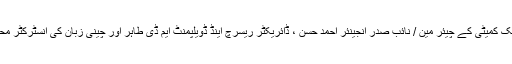
انہوں نے اس کورس کے اجراء کے سلسلہ میں سی پیک کمیٹی کے چیئر مین / نائب صدر انجینئر احمد حسن ، ڈائریکٹر ریسرچ اینڈ ڈویلپمنٹ ایم ڈی طاہر اور چینی زبان کی انسٹرکٹر محترمہ کوثرحمید کی کوششوں کو خاص طور پر سراہا۔